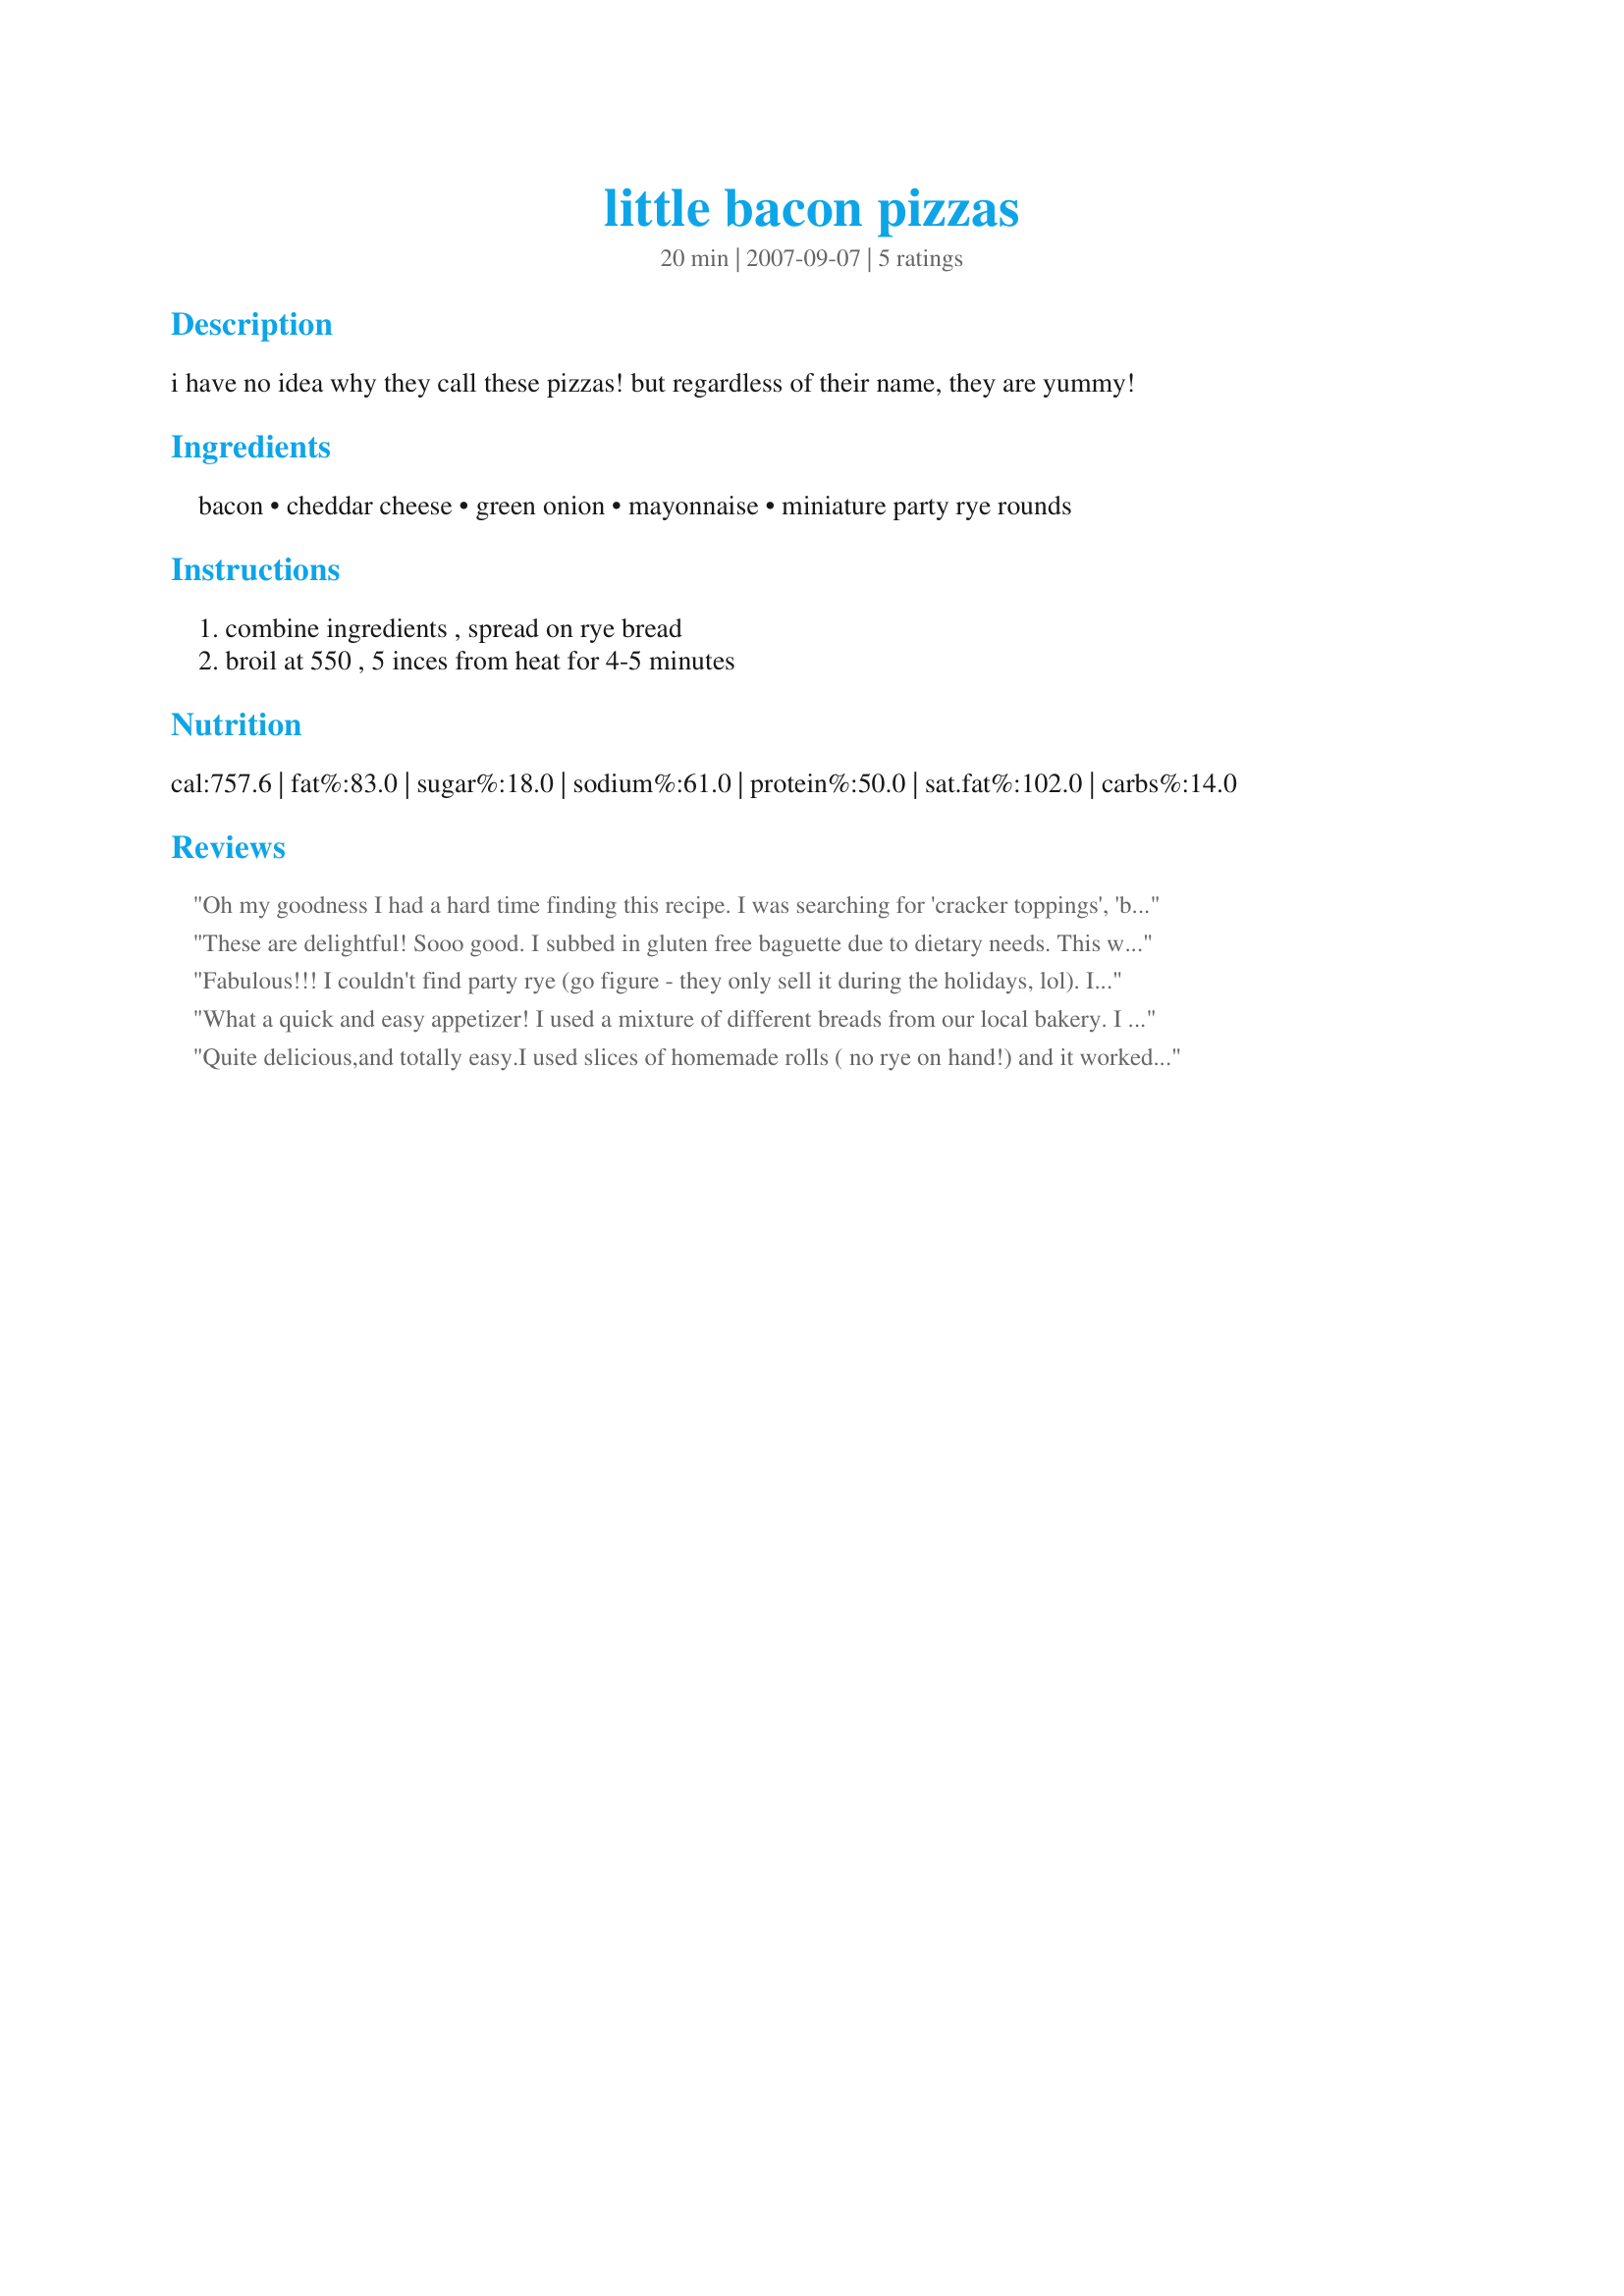
little bacon pizzas
Preparation time: 20 minutes

i have no idea why they call these pizzas! but regardless of their name, they are yummy!

Ingredients:
bacon, cheddar cheese, green onion, mayonnaise, miniature party rye rounds

Steps:
combine ingredients , spread on rye bread, broil at 550 , 5 inces from heat for 4-5 minutes

Reviews:
Oh my goodness I had a hard time finding this recipe. I was searching for 'cracker toppings', 'bacon & cheddar' etc. My friend makes this, but puts it on all different things and melts away... actually, it isn't bad cold as a dip (just a weird texture). She puts slivered, toasted almonds in hers and that is yummy. Thanks for posting this as I wanted the recipe and she isn't answering the phone !
These are delightful! Sooo good. I subbed in gluten free baguette due to dietary needs. This worked great with low fat mayo, 2% cheddar and centercut bacon. Thanks for sharing! L-O-V-E '12 Event
Fabulous!!! I couldn't find party rye (go figure - they only sell it during the holidays, lol). I used Russian Rye and cut 2 slices into quarters for 2 of us. It was so rich, otherwise it wouldn't have been enough for us. This WILL definitely be on our holiday table for appetizers. You can make it ahead and pop it in the oven at the last minute. Thanks so much Janice for a total keeper!!
What a quick and easy appetizer! I used a mixture of different breads from our local bakery. I loved it with salt risen bread, yummy! Our guests really enjoyed these. We'll be having these again in the future! Made for ZWT4.
Quite delicious,and totally easy.I used slices of homemade rolls ( no rye on hand!) and it worked out perfectly.A really lovely,and tasty appetizer,that we will be using again!
